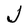
Character: J